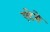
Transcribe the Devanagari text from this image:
एंटेरो